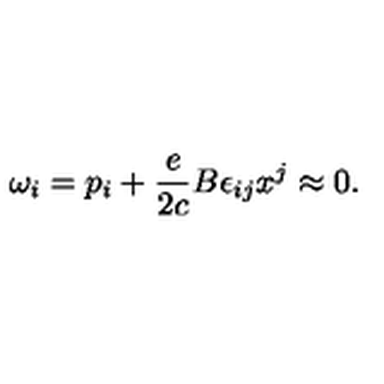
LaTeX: \omega _ { i } = p _ { i } + \frac { e } { 2 c } B \epsilon _ { i j } x ^ { j } \approx 0 .